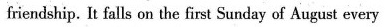
friendship. It falls on the first Sunday of August every